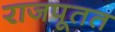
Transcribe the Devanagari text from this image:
राजपूतत